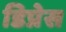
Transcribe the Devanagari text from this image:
डिप्रेस